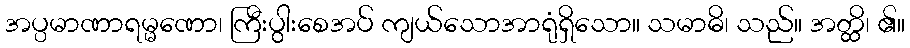
အပ္ပမာဏာရမ္မဏော၊ ကြီးပွါးစေအပ် ကျယ်သောအာရုံရှိသော။ သမာဓိ၊ သည်။ အတ္ထိ၊ ၏။